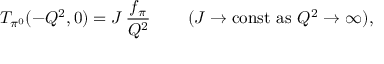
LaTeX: T _ { \pi ^ { 0 } } ( - Q ^ { 2 } , 0 ) = { \cal J } \, \frac { f _ { \pi } } { Q ^ { 2 } } \, \qquad ( { \cal J } \to \mathrm { c o n s t } \, \, \mathrm { a s \, \, } Q ^ { 2 } \to \infty ) ,